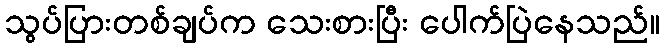
သွပ်ပြားတစ်ချပ်က သေးစားပြီး ပေါက်ပြဲနေသည်။